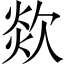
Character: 欻